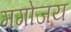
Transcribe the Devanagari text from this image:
मगोजय